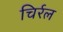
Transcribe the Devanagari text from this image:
चिर्रल